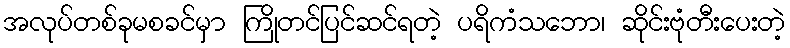
အလုပ်တစ်ခုမစခင်မှာ ကြိုတင်ပြင်ဆင်ရတဲ့ ပရိကံသဘော၊ ဆိုင်းဗုံတီးပေးတဲ့